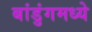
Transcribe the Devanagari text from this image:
बांडुंगमध्ये